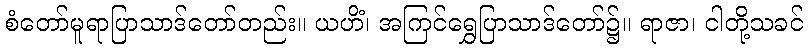
စံတော်မူရာပြာသာဒ်တော်တည်း။ ယဟိံ၊ အကြင်ရွှေပြာသာဒ်တော်၌။ ရာဇာ၊ ငါတို့သခင်